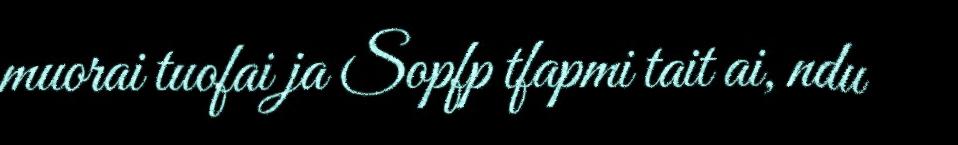
muorai tuofai ja Sopfp tfapmi tait ai, ndu